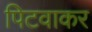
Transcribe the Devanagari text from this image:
पिटवाकर